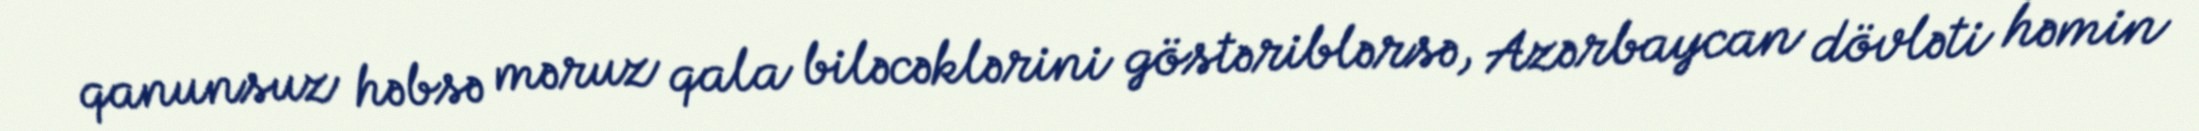
qanunsuz həbsə məruz qala biləcəklərini göstəriblərsə, Azərbaycan dövləti həmin